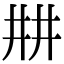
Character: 㐩